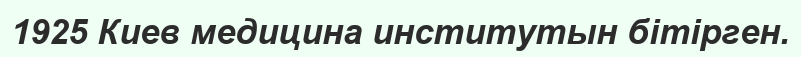
1925 Киев медицина институтын бітірген.